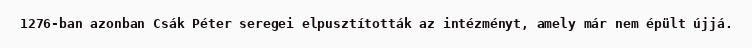
1276-ban azonban Csák Péter seregei elpusztították az intézményt, amely már nem épült újjá.